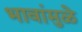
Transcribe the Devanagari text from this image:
भावांमुळे